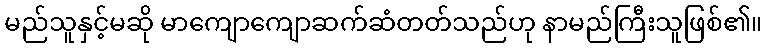
မည်သူနှင့်မဆို မာကျောကျောဆက်ဆံတတ်သည်ဟု နာမည်ကြီးသူဖြစ်၏။